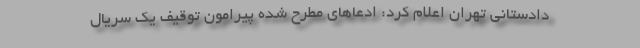
دادستانی تهران اعلام کرد: ادعاهای مطرح شده پیرامون توقیف یک سریال